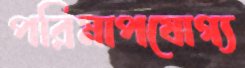
পরিমাপযোগ্য